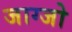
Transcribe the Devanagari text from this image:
जाग्जो